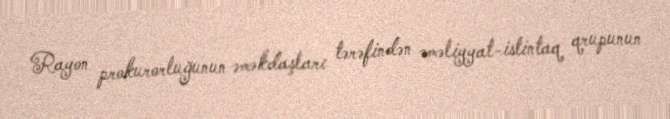
Rayon prokurorluğunun əməkdaşları tərəfindən əməliyyat-istintaq qrupunun